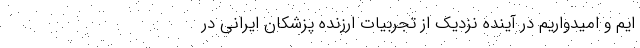
ایم و امیدواریم در آینده نزدیک از تجربیات ارزنده پزشکان ایرانی در